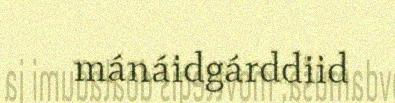
mánáidgárddiid